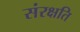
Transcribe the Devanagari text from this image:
संरक्षति